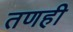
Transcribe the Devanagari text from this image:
तणही